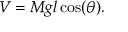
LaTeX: V = M g l \cos ( \theta ) .